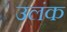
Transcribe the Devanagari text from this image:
उलंक